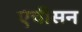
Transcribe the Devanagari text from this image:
एचीसन